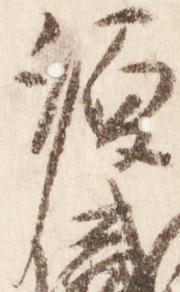
源